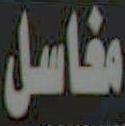
مغاسل